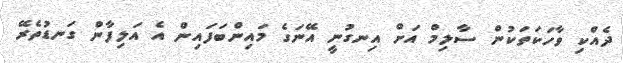
ދެއްކި ވާހަކަތަކުން ސާލިމް އަށް އިނގުނީ އޭނަގެ މައިންބަފައިން އެ އަލިފާން ގަނޑުތެރޭ